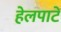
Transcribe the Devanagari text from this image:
हेलपाटे